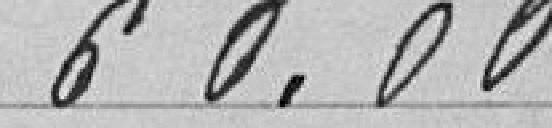
60.00